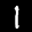
Label: 1